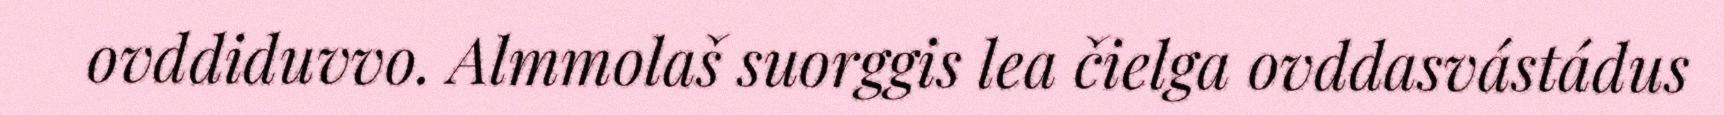
ovddiduvvo. Almmolaš suorggis lea čielga ovddasvástádus